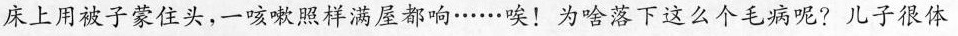
床上用被子蒙住头，一咳嗽照样满屋都响……唉！为啥落下这么个毛病呢?儿子很体